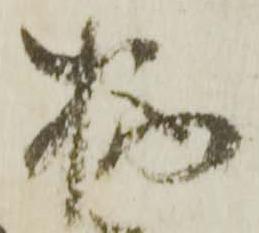
柄